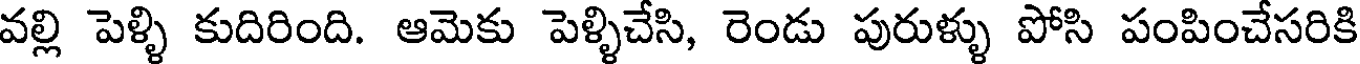
వల్లి పెళ్ళి కుదిరింది. ఆమెకు పెళ్ళిచేసి, రెండు పురుళ్ళు పోసి పంపించేసరికి